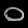
Digit: ၀